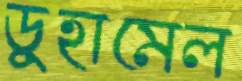
ডুহামেল